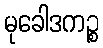
မုခေါဒကဉ္စ